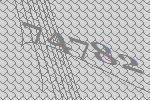
74782